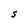
Character: s